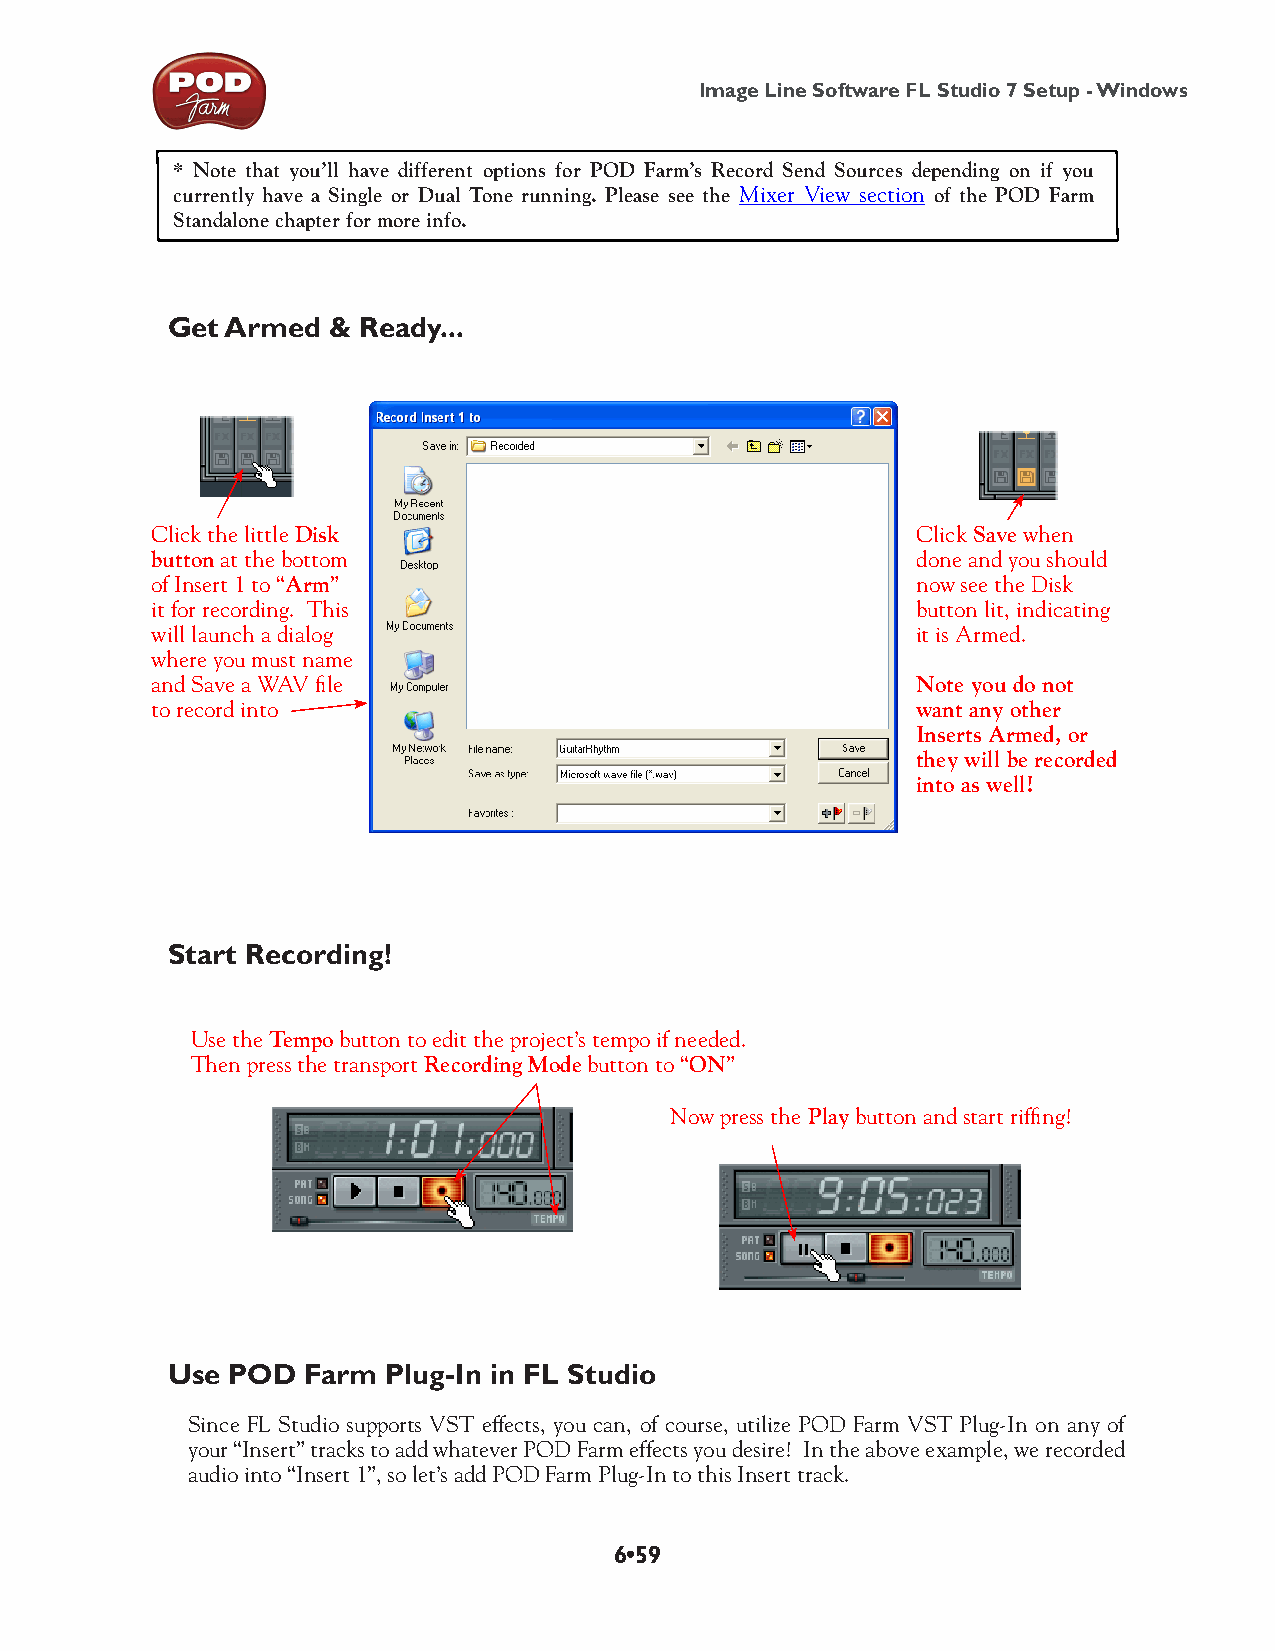
Image Line Software FL Studio 7 Setup - Windows
 * Note that you’ll have different options for POD Farm’s Record Send Sources depending on if you
 currently have a Single or Dual Tone running. Please see the Mixer View section of the POD Farm
 Standalone chapter for more info.
 Get Armed  & Ready...
 Click the little Disk                              Click Save when
 button at the bottom                               done and you should
 of Insert 1 to “Arm”                               now see the Disk
 it for recording. This                             button lit, indicating
 will launch a dialog                               it is Armed.
 where you must name
 and Save a WAV file                                Note you do not
 to record into                                     want any other
 Inserts Armed, or
 they will be recorded
 into as well!
 Start Recording!
 Use the Tempo button to edit the project’s tempo if needed.
 Then press the transport Recording Mode button to “ON”
 Now press the Play button and start riffing!
 Use POD  Farm  Plug-In in FL Studio
 Since FL Studio supports VST effects, you can, of course, utilize POD Farm VST Plug-In on any of
 your “Insert” tracks to add whatever POD Farm effects you desire! In the above example, we recorded
 audio into “Insert 1”, so let’s add POD Farm Plug-In to this Insert track.
 6•59